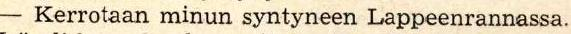
- Kerrotaan minun syntyneen Lappeenrannassa.